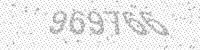
Solution: 969766